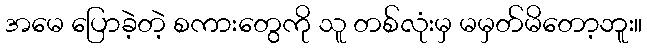
အမေ ပြောခဲ့တဲ့ စကားတွေကို သူ တစ်လုံးမှ မမှတ်မိတော့ဘူး။